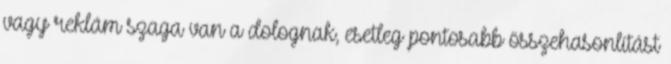
vagy reklám szaga van a dolognak, esetleg pontosabb összehasonlítást